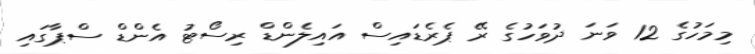
މިމަހުގެ 12 ވަނަ ދުވަހުގެ ރޭ ޕެރެޑައިސް އައިލެންޑް ރިސޯޓު އެންޑް ސްޕާގައި